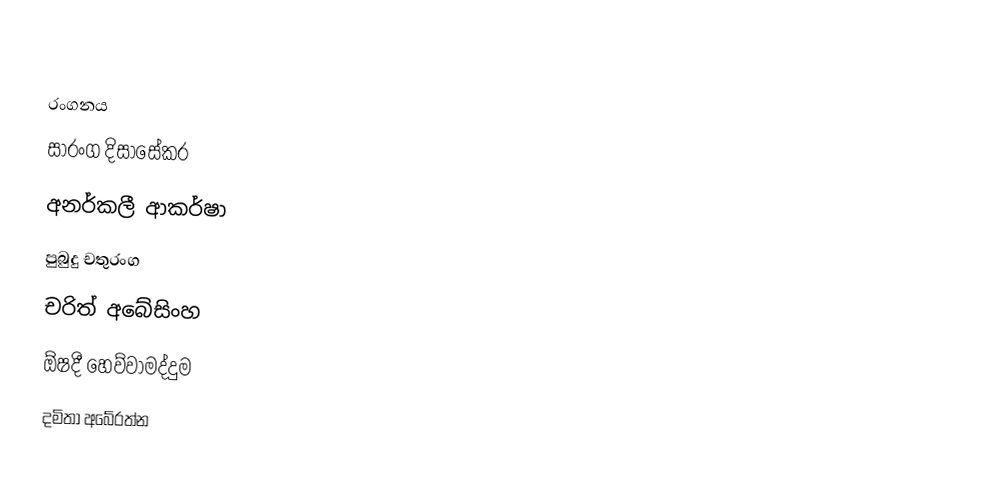

රංගනය
සාරංග දිසාසේකර
අනර්කලී ආකර්ෂා
පුබුදු චතුරංග
චරිත් අබේසිංහ
ඕෂදී හෙව්වාමද්දුම
දමිතා අබේරත්න